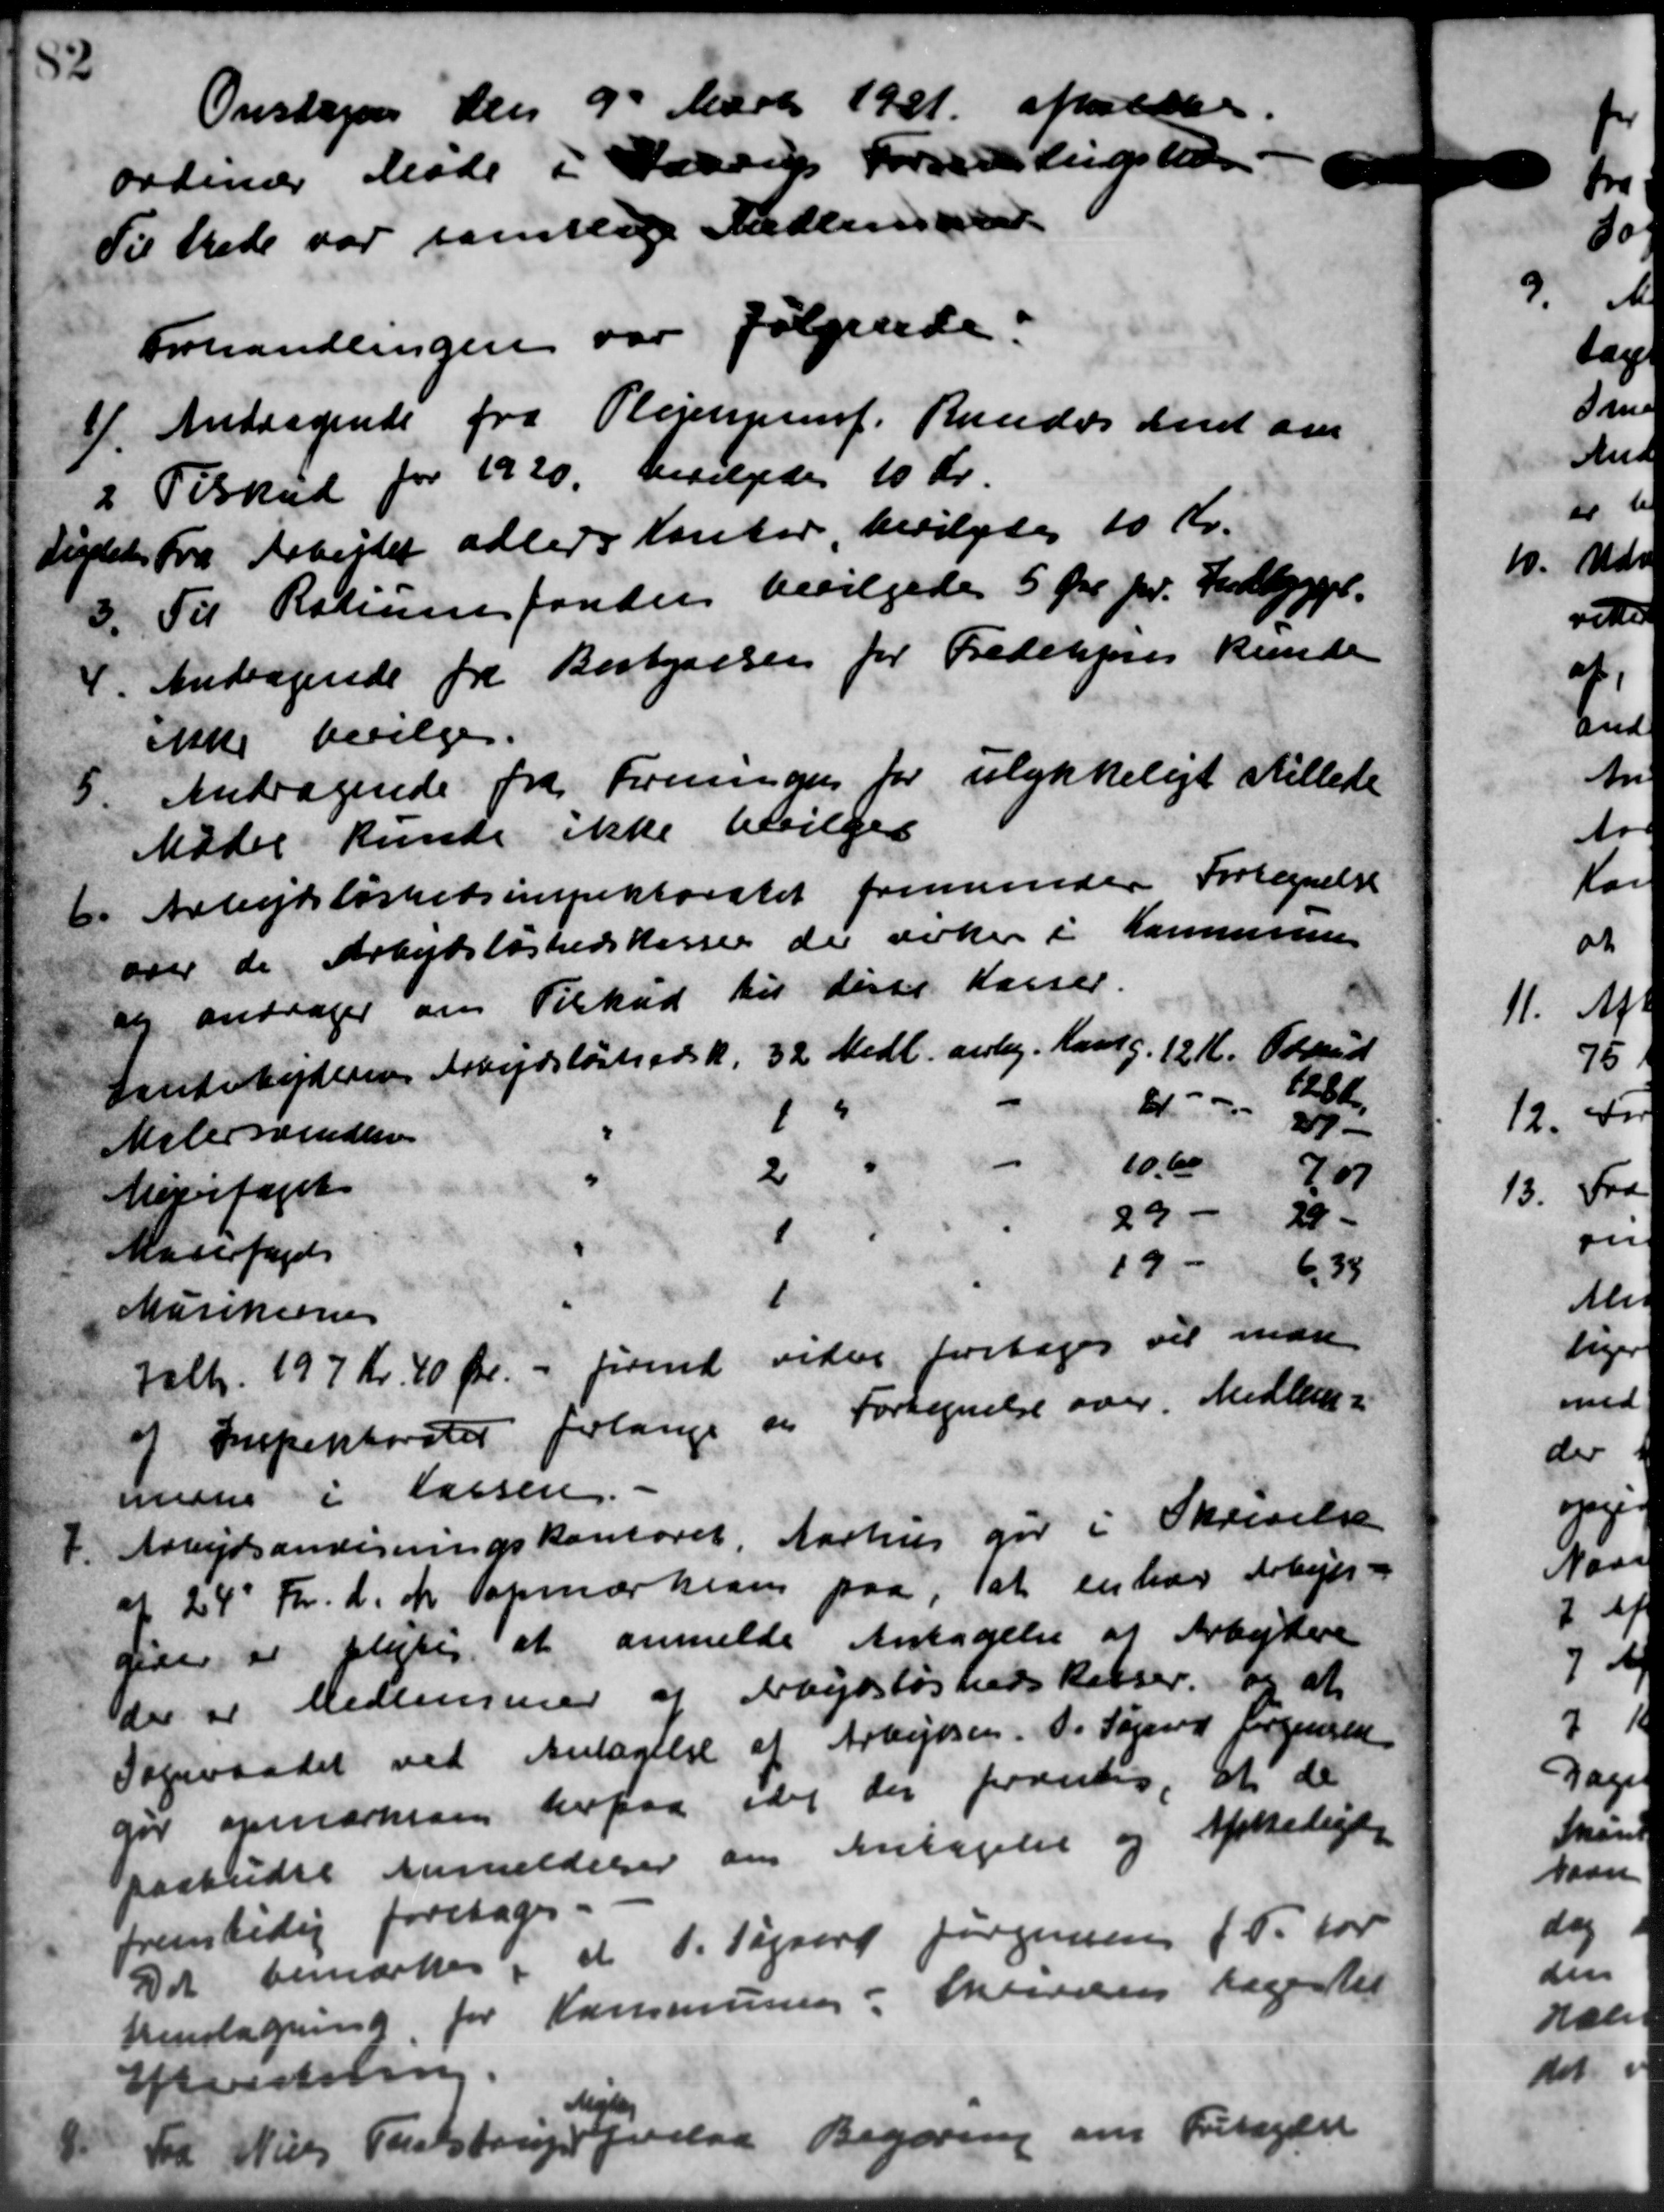
Transskription:
Onsdagen den 9de Marts 1921 afhol A
ordinær Møde i Haarup Forsamlingsteds
Til Stede var samtlige Medlemater.
Forhandlingen var følgende:
1) Andragende fra Plejen ref. Rundes Amt om
1) Andragende fra Plejen ref. Rundes Amt om
2 Tilskud for 1920 bevilgedes 10 Kr.
2 Tilskud for 1920 bevilgedes 10 Kr.
Ligtet fra Arbejdet adlers Kontor, bevilgedes 10 Kr.
3. Til Rationsfonden bevilgedes 5 Øre pr. Indbygger.
4. Andragende fra Bestyrelsen for Fredekjøres kunde
4. Andragende fra Bestyrelsen for Fredekjøres kunde
ikke bevilges.
5. Andragende fra Formann for ulykkeligt stillede
5. Andragende fra Formann for ulykkeligt stillede
Mødet kunde ikke bevilges
6. Arbejdsløshedsinspektoratet fremsender Fortegnelse
6. Arbejdsløshedsinspektoratet fremsender Fortegnelse
over de Arbejdsløshedskasser der ærker i Kommune
og andrager om Tilskud til disse Kasser.
Danarbejderne Arbejdsløshedsk. 32 Medl. ang. Kastg. 12 Kr. Blad
1286.
6 - 37
Malersvenden
10.60
2
707
Møritaget
29 - 29
Madefoged
19-
6.34
1
Musikerne
Valh. 197 Kr. 40 Øre - ført videre foretages vil man
af Inspektorater forlange en Fortegnelse over Medlem-
mene i Lassen. -
7.
Arbejdsanvisningskontoret, Aarhus gør i Skrivelse
af 24' Fr. d. M. opmærkean paa, at en har Arbejds-
Sider er pligtig at anmelde Antagelse af Arbejdere
der er Medlemmer af Arbejdsløshedskasser, og at
Sogneraadet ved Antagelse af Arbejdsm. P. Søgaard Jørgensen
gør opmærksom herpaa idet der forandes, at de
paabudte Anmeldelser om Antagelse og Afskeligte
fremtidig foretoges.
Det bemærkes, at P. Sigaard Jørgensen (F. for
Henslagning for Kommunen: Skrevens reger til
Hvistering

Frd Niels Paulstrup Jense
Mejlby